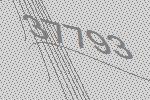
37793